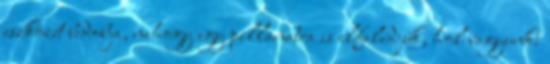
eszközét bedobja, nehogy egy pillanatra is elfeledjük, hol vagyunk: